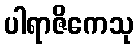
ပါရာဇိကေသု